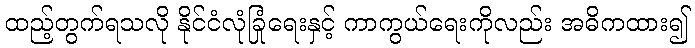
ထည့်တွက်ရသလို နိုင်ငံလုံခြုံရေးနှင့် ကာကွယ်ရေးကိုလည်း အဓိကထား၍